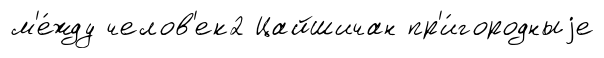
м'е́жду челов'ек2 Цайшичан пр'и́городныjе